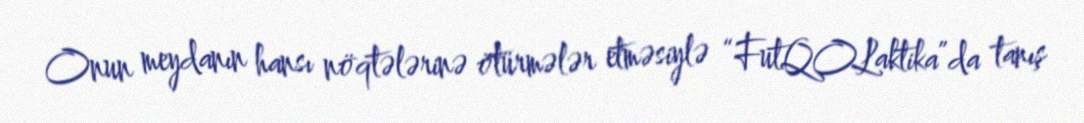
Onun meydanın hansı nöqtələrinə ötürmələr etməsiylə “FutQOLaktika”da tanış